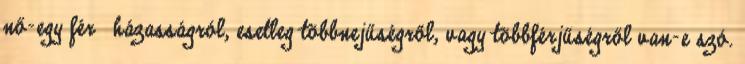
nő-egy férﬁ házasságról, esetleg többnejűségről, vagy többférjűségről van-e szó.